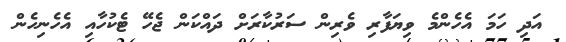
އަދި ހަމަ އެހެންމެ ވިޔަފާރި ވެރިން ސަރުކާރަށް ދައްކަން ޖެހޭ ޓެކުހާއި އެހެނިހެން